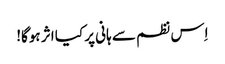
اِس نظم سے ہانی پر کیا اثر ہوگا!